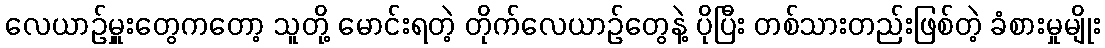
လေယာဉ်မှူးတွေကတော့ သူတို့ မောင်းရတဲ့ တိုက်လေယာဉ်တွေနဲ့ ပိုပြီး တစ်သားတည်းဖြစ်တဲ့ ခံစားမှုမျိုး